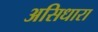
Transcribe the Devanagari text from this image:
असिधारा